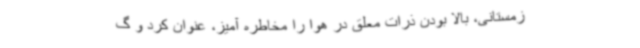
زمستانی، بالا بودن ذرات معلق در هوا را مخاطره آمیز، عنوان کرد و گ